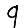
Digit: 9